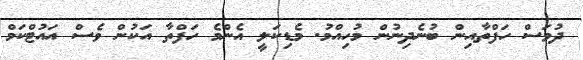
ދުވަސް ހަފްތާއިން ބުނެދިނުން މުހިއްމު. މެޑިކަލީ އެންމެ ހަފްތާ އަކުން ވެސް އައުޓްކަމް